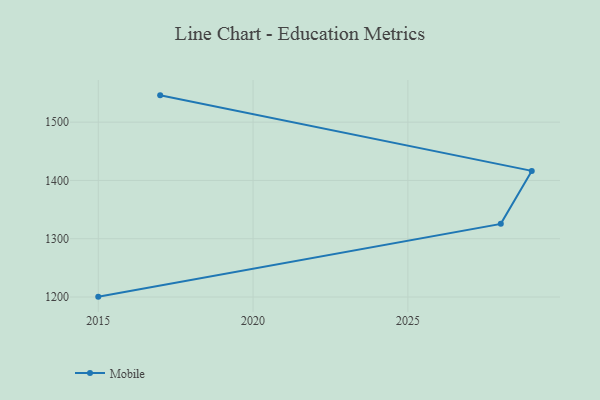
{"axis": {"x": "Year", "y": "LTV (USD)"}, "legend": ["Mobile"], "data": [{"x": "2015", "y": 1200.6, "type": "Mobile"}, {"x": "2028", "y": 1325.5, "type": "Mobile"}, {"x": "2029", "y": 1416.4, "type": "Mobile"}, {"x": "2017", "y": 1546.0, "type": "Mobile"}]}